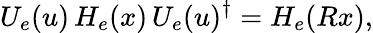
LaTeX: U_{e}(u)\, H_{e}(x)\, U_{e}(u)^{\dagger}=H_{e}(Rx),